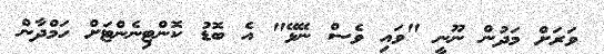
ވަރަށް މަދުން ނޫނީ "ވައި ވެސް ނޭޅޭ" އެ ބޮޑު ކޮންޓިނެންޓަށް ހަމްދާން